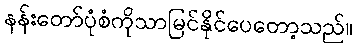
နန်းတော်ပုံစံကိုသာမြင်နိုင်ပေတော့သည်။